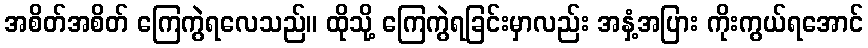
အစိတ်အစိတ် ကြေကွဲရလေသည်။ ထိုသို့ ကြေကွဲရခြင်းမှာလည်း အနှံ့အပြား ကိုးကွယ်ရအောင်